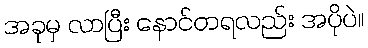
အခုမှ လာပြီး နောင်တရလည်း အပိုပဲ။